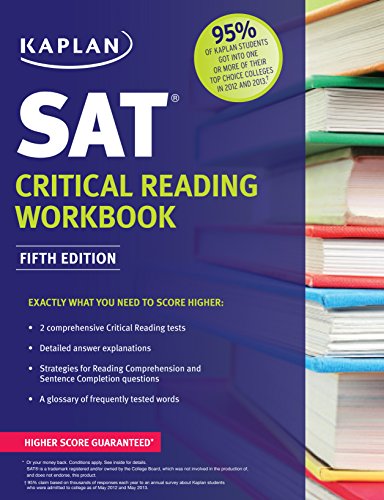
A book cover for Kaplan SAT Critical Reading Workbook (Kaplan Test Prep); Kaplan; Test Preparation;